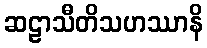
ဆဠာသီတိသဟဿာနိ